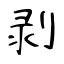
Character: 剥